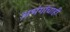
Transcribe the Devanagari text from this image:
अभंगांचाही